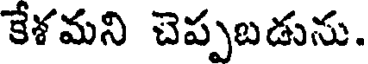
కేశమని చెప్పబడును.